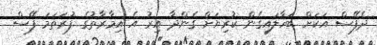
ދެފޭސް އަކަށް ބަހާލައިގެން ކުރިޔަށް ގެންދާ އިރު އެ އިމާރާތުގެ ފުރަތަމަ ފޭސް